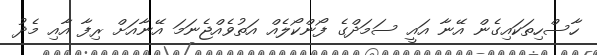
ހާސްހިތަކައިގެން އޭނާ އައީ ސަމަދްގެ ފޯންކޯލެއް އަތުވެއްޖެނަމަ އޭނާއަށް ރިފާ އާއި މެދު